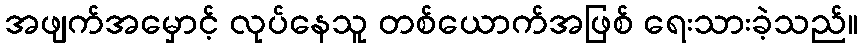
အဖျက်အမှောင့် လုပ်နေသူ တစ်ယောက်အဖြစ် ရေးသားခဲ့သည်။